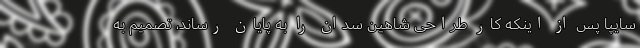
سایپا پس از اینکه کار طراحی شاهین سدان را به پایان رساند، تصمیم به